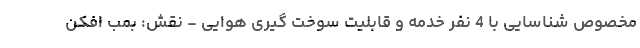
مخصوص شناسایی با 4 نفر خدمه و قابلیت سوخت گیری هوایی - نقش: بمب افکن